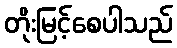
တိုးမြင့်စေပါသည်